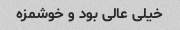
خیلی عالی بود و خوشمزه